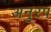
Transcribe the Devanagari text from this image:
अनुरप